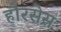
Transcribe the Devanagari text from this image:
हौरसेस़